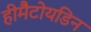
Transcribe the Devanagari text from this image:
हीमैटोयडिन